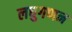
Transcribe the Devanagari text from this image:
लघुगणन